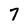
Character: 7